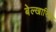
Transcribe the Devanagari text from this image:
बेल्खारिया